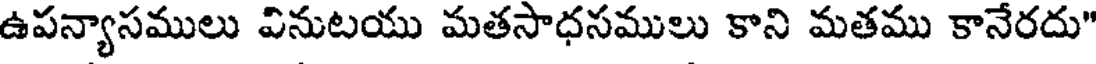
ఉపన్యాసములు వినుటయు మతసాధసములు కాని మతము కానేరదు"